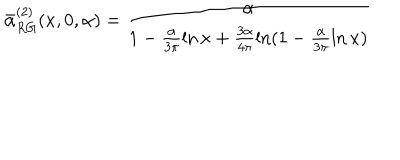
LaTeX: \bar { \alpha } _ { R G } ^ { ( 2 ) } ( x , 0 , \alpha ) = \frac { \alpha } { 1 - \frac { \alpha } { 3 \pi } \ln x + \frac { 3 \alpha } { 4 \pi } \ln ( 1 - \frac { \alpha } { 3 \pi } \ln x ) }